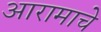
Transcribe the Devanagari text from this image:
आरामाचे